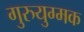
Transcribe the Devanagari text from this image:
गुरुयुग्मक